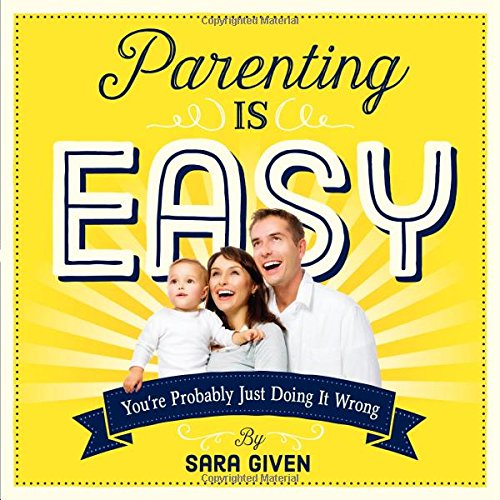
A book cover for Parenting Is Easy: You're Probably Just Doing It Wrong; Sara Given; Humor & Entertainment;